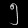
Digit: ၅